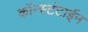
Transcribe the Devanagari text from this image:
कॉन्स्टंटाईन